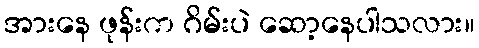
အားနေ ဖုန်းက ဂိမ်းပဲ ဆော့နေပါသလား။